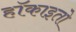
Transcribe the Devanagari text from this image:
हॉकाइतो